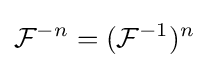
{\mathcal {F}}^{-n}=({\mathcal {F}}^{-1})^{n}